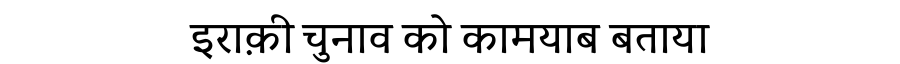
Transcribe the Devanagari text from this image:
इराक़ी चुनाव को कामयाब बताया